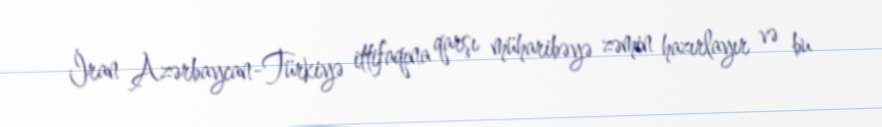
İran Azərbaycan-Türkiyə ittifaqına qarşı müharibəyə zəmin hazırlayır və bu